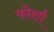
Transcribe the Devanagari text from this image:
फोर्शा